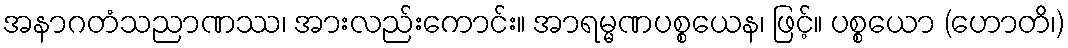
အနာဂတံသညာဏဿ၊ အားလည်းကောင်း။ အာရမ္မဏပစ္စယေန၊ ဖြင့်။ ပစ္စယော (ဟောတိ၊)